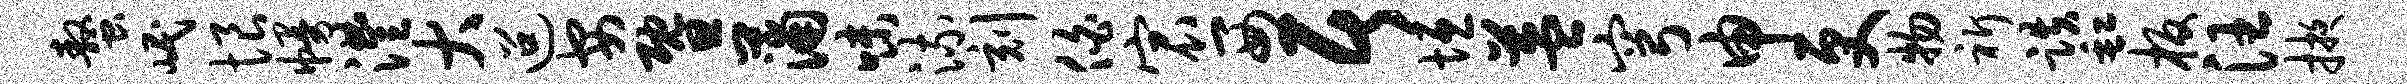
螯岷恨幔澧大迢安暨蒲味流刻伯宸西居垣益穹申更物祈跌缸板汪掖